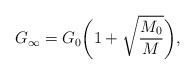
\begin{align*}G_{\infty}=G_0\biggl(1+\sqrt{\frac{M_0}{M}}\biggr),\end{align*}